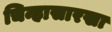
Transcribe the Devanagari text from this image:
चिन्हासारखा